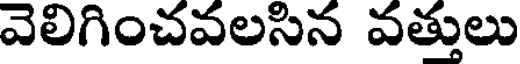
వెలిగించవలసిన వత్తులు